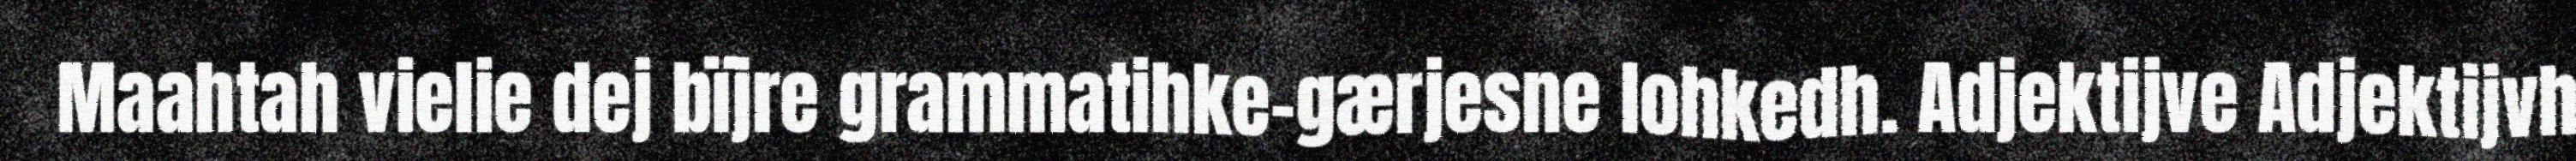
Maahtah vielie dej bïjre grammatihke-gærjesne lohkedh. Adjektijve Adjektijvh